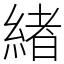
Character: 緖